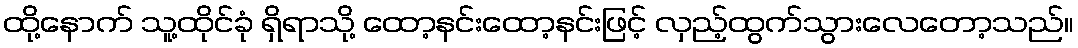
ထို့နောက် သူ့ထိုင်ခုံ ရှိရာသို့ ထော့နင်းထော့နင်းဖြင့် လှည့်ထွက်သွားလေတော့သည်။